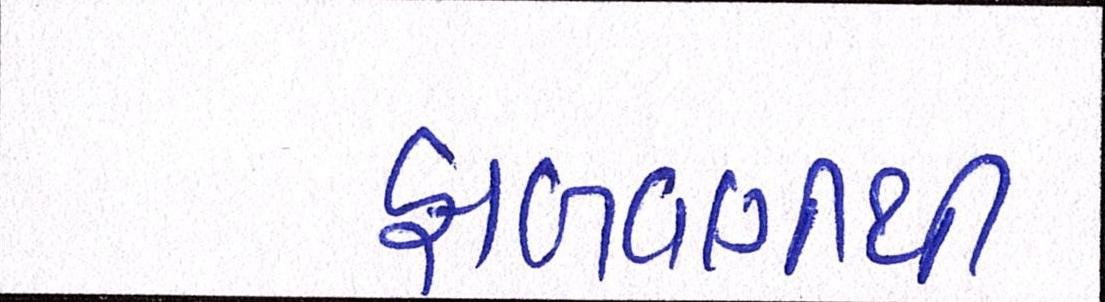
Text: ફાળવણીથી